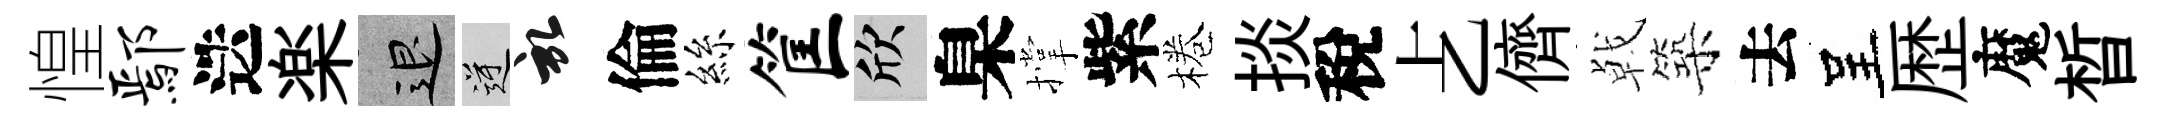
惶鄢迭楽退逆啓倫絲筐欣臬撑紫棬掞稅𠧒儕㦸築去呈歴魔晳